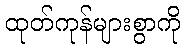
ထုတ်ကုန်များစွာကို